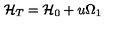
{ \cal H } _ { T } = { \cal H } _ { 0 } + u \Omega _ { 1 }